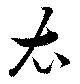
衣